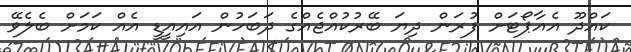
ކައްދޫ އެއާޕޯޓަށް ފުރަން ދިޔަ ބޭރުކުއްޖެއްގެ ދަބަހުން އައިއީޑީ އެއް ކަމަށް ބެލެވޭ